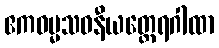
ဧကဓမ္မသဝနီယတ္ထေရဂါထာ